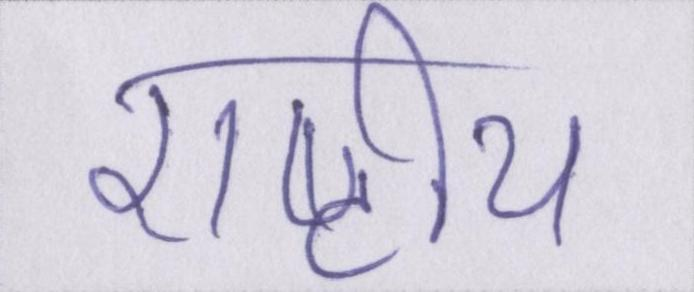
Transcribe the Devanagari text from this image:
राष्टीय